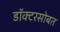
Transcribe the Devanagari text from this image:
डॉक्टरसोबत